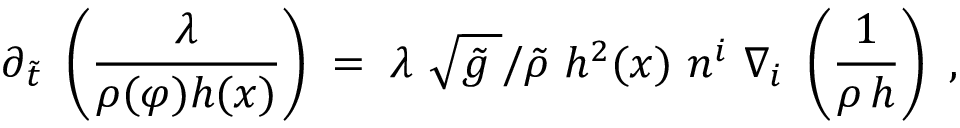
\partial _ { \tilde { t } } \ \left( \frac { \lambda } { \rho ( \varphi ) h ( x ) } \right) \; = \; \lambda \ \sqrt { \tilde { g } \; } / \tilde { \rho } \ h ^ { 2 } ( x ) \ n ^ { i } \ \nabla _ { i } \ \left( \frac { 1 } { \rho \, h } \right) \ ,